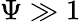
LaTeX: \Psi\gg 1